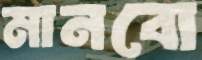
মানবো